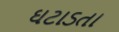
ઘટાડતા